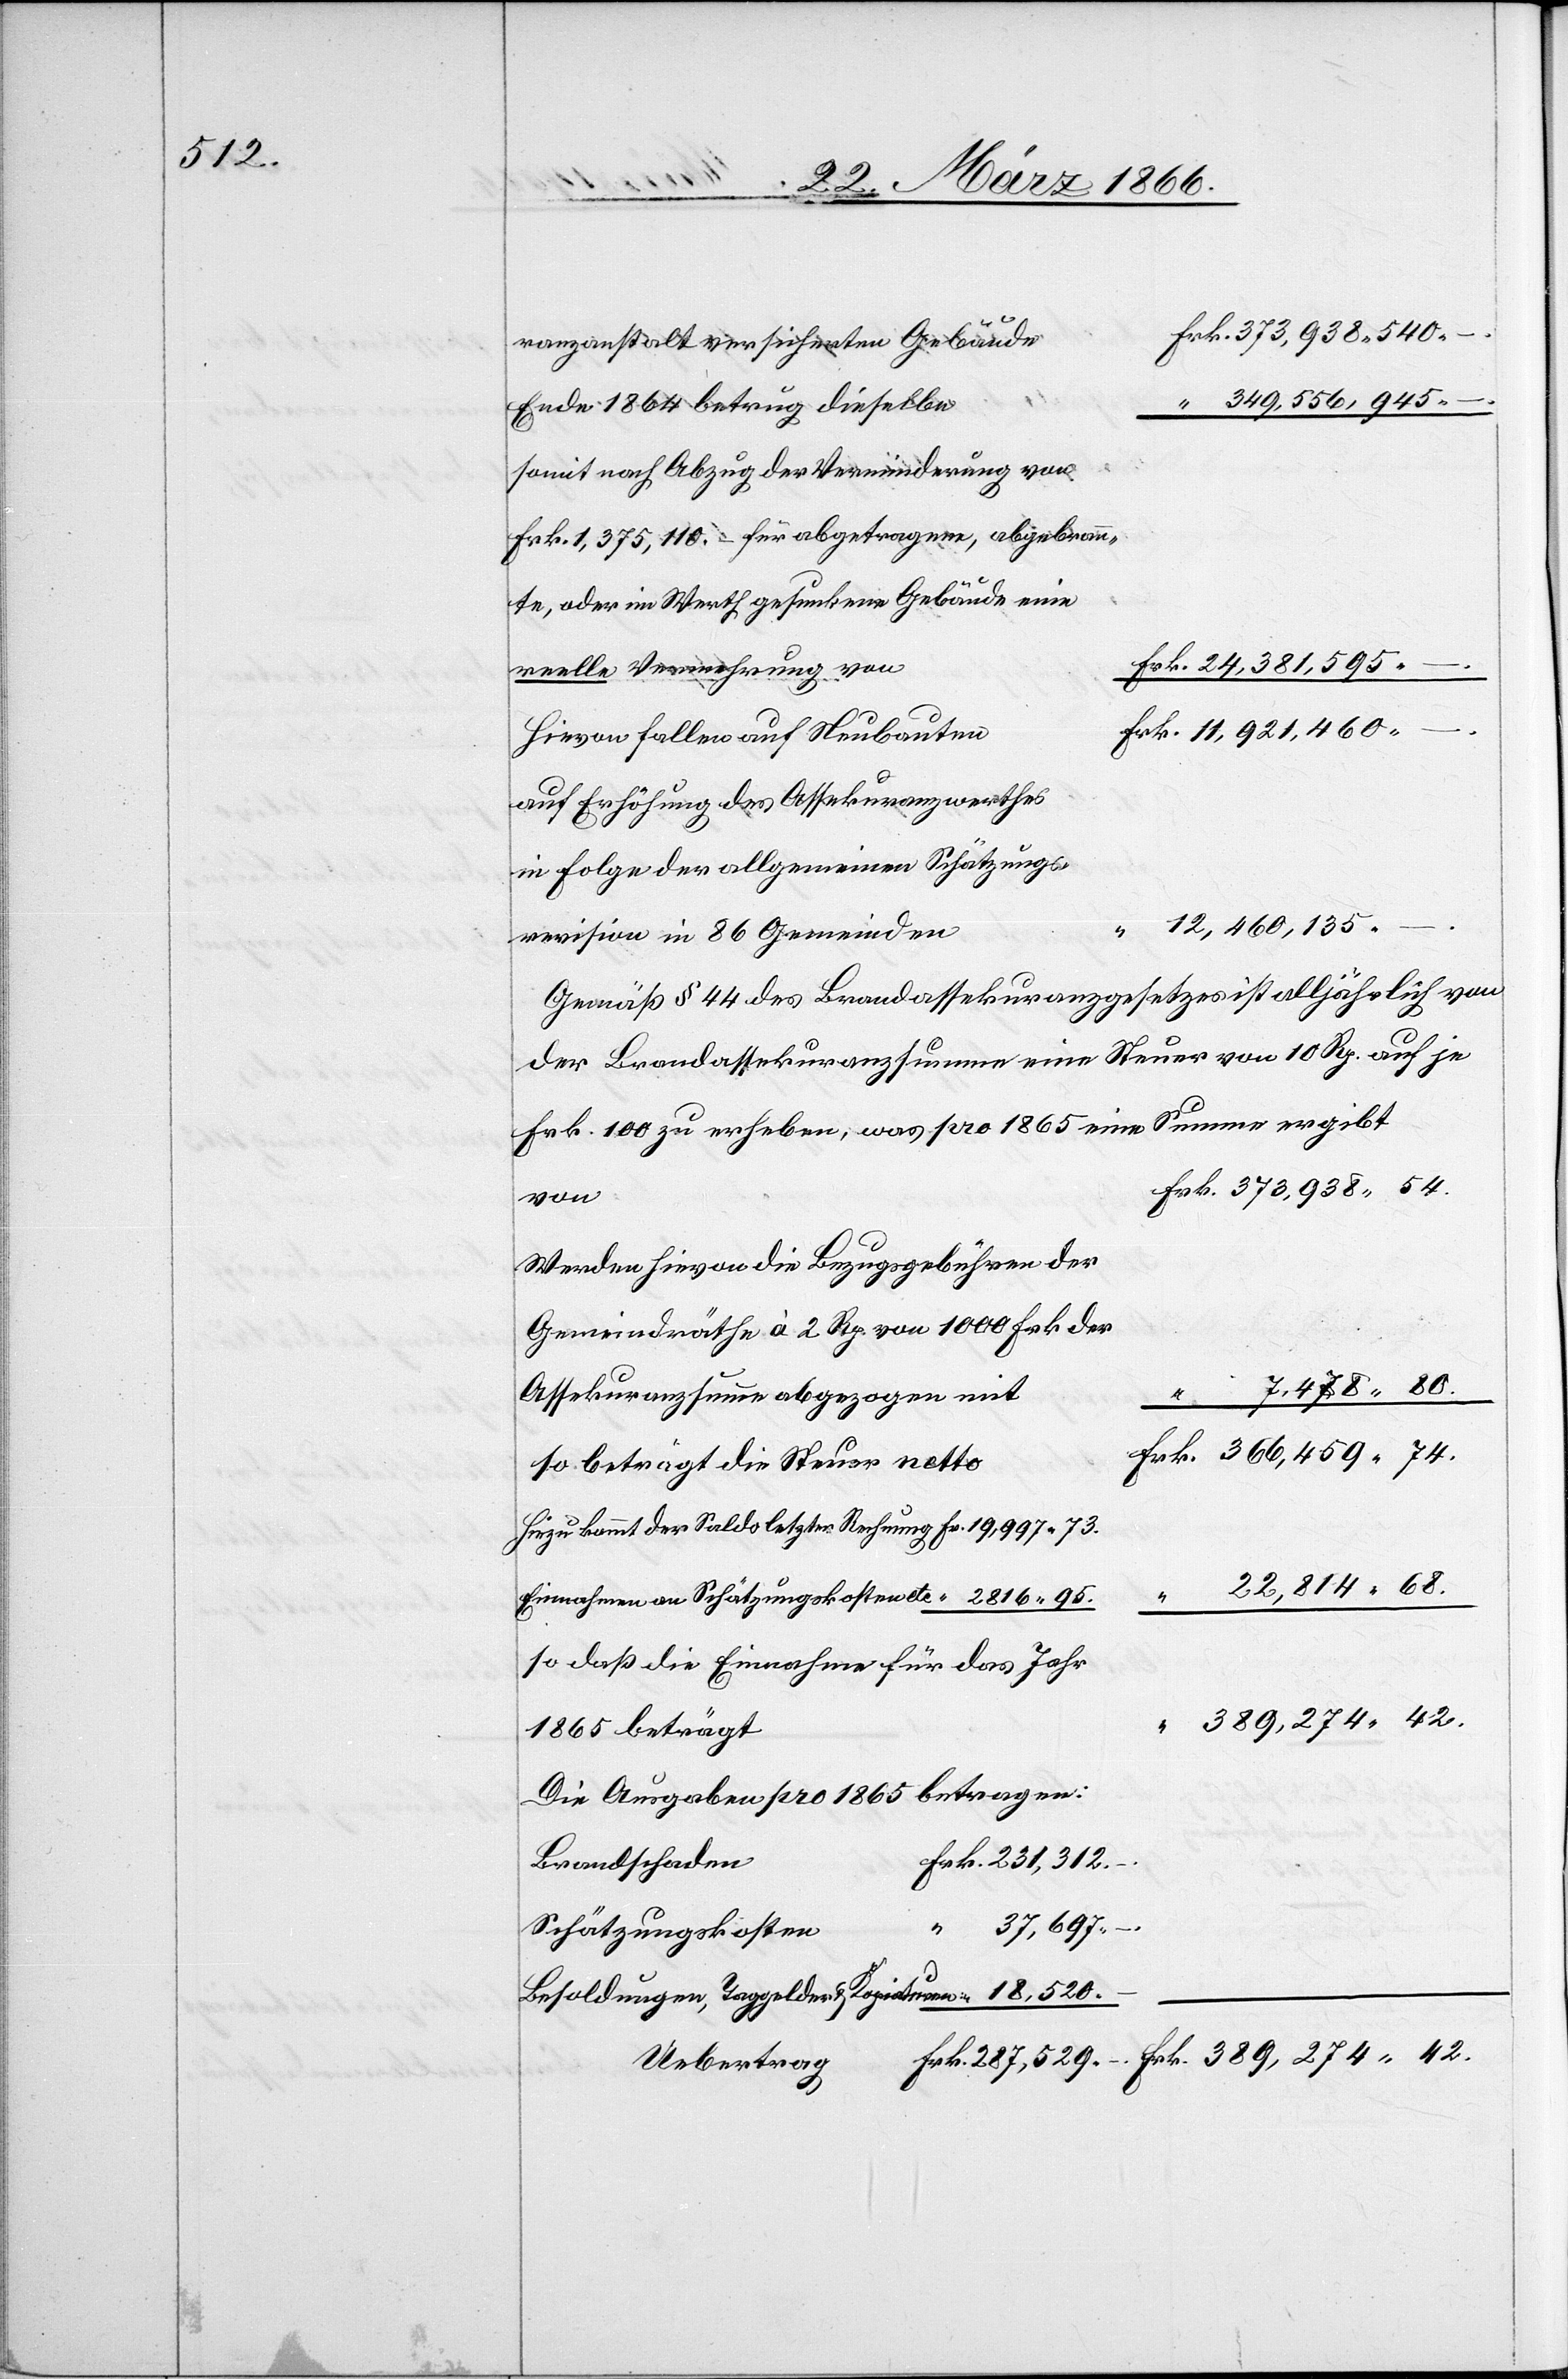
,42.

ranzanstalt versicherten Gebäude
349 556 945
Ende 1864 betrug dieselbe
Frk. 1 375 110,– für abgetragene, abgebrann¬
te, oder im Werth gesunkene Gebäude eine
reelle Verrechnung von
,–.
Hievon fallen auf Neubauten
auf Erhöhung des Assekuranzwerthes
in Folge der allgemeinen Schätzungs¬
12 460 135
revision in 86 Gemeinden
Gemäß § 44 des Brandassekuranzgesetzes ist alljährlich von
der Brandassekuranzsumme eine Steuer von 10 Rp. auf je
Frk. 100 zu erheben, was pro 1865 eine Summe ergibt
von
Werden hievon die Bezugsgebühren der
Gemeindräthe à 2 Rp. von 1000 Frk. der
Assekuranzsumme abgezogen mit
“
so beträgt die Steuer netto
Hinzu kommt der Saldo letzter Rechnung Fr. 19 997,73.
Einnahmen von Schätzungskosten etc. “ 2816,95.
so daß die Einnahme für das Jahr
1865 beträgt
Die Ausgaben pro 1865 betragen:
Frk. 287,529,–.
Brandschaden
Schätzungskosten
Besoldungen, Taggelder u. Kopiaturen “ 18 512,–.
Uebertrag